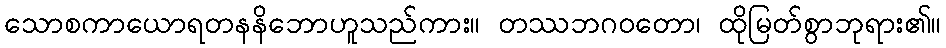
သောစကာယောရတနနိဘောဟူသည်ကား။ တဿဘဂဝတော၊ ထိုမြတ်စွာဘုရား၏။